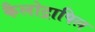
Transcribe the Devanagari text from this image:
कैलोट्रापिल